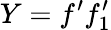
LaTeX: Y=f^{\prime}f_{1}^{\prime}